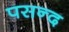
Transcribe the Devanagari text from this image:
पसन्‍द